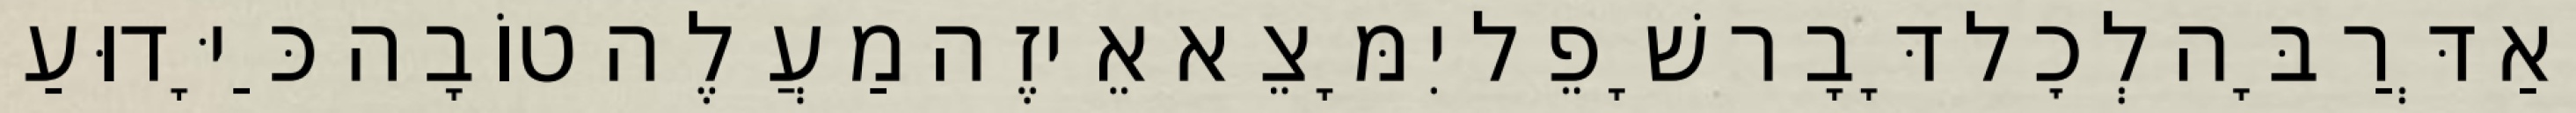
וְאַדְּרַבָּה לְכׇל דָּבָר שָׁפֵל יִמָּצֵא אֵיזֶה מַעֲלֶה טוֹבָה כַּיָּדוּעַ